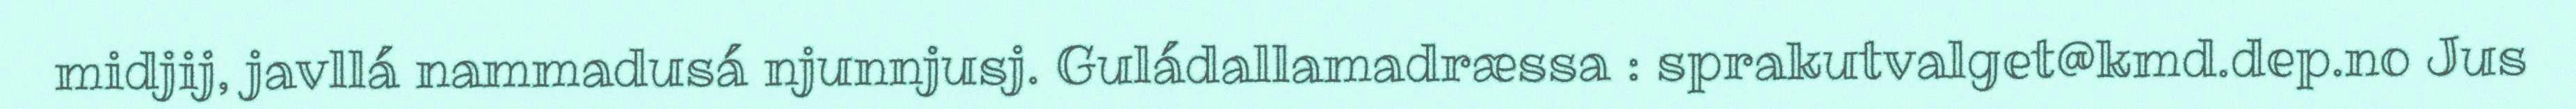
midjij, javllá nammadusá njunnjusj. Guládallamadræssa : sprakutvalget@kmd.dep.no Jus